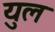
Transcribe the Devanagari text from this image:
युल